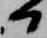
日